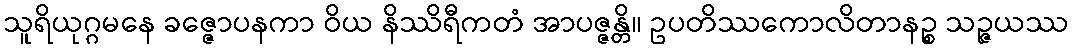
သူရိယုဂ္ဂမနေ ခဇ္ဇောပနကာ ဝိယ နိဿိရီကတံ အာပဇ္ဇန္တိ။ ဥပတိဿကောလိတာနဉ္စ သဉ္ဇယဿ